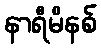
နာရီမိနစ်